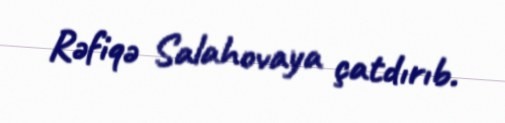
Rəfiqə Salahovaya çatdırıb.